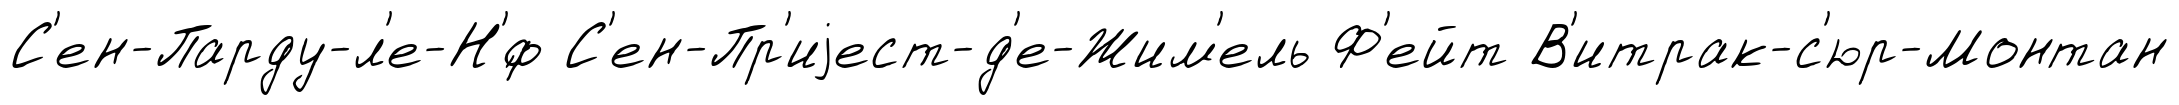
С'ен-Парду-л'е-Н'́ф С'ен-Пр'иjест-д'е-Жим'ель Ф'ейт В'итрак-с'юр-Монтан